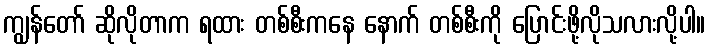
ကျွန်တော် ဆိုလိုတာက ရထား တစ်စီးကနေ နောက် တစ်စီးကို ပြောင်းဖို့လိုသလားလို့ပါ။